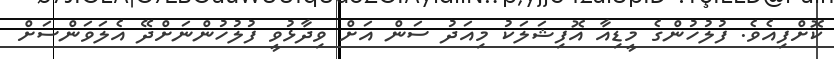
ކޮށްފިއެވެ. ފުލުހުންގެ މީޑިއާ އޮފިޝަލަކު މިއަދު ސަން އަށް ވިދާޅުވީ ފުލުހުންނަށްދޭ އެލަވަންސަށް